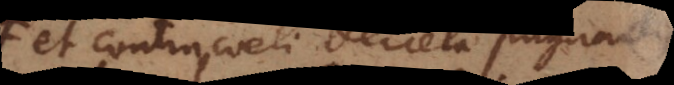
et contra coeli decreta pugnantis,